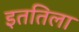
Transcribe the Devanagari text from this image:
इततिला